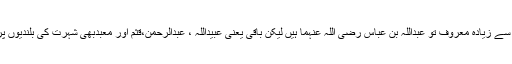
ان میں سب سے زیادہ معروف تو عبداللہ بِن عباس رضی اللہ عنہما ہیں لیکن باقی یعنی عبیداللہ ، عبدالرحمن،قثم اور معبدبھی شہرت کی بلندیوں پر فائز تھے۔